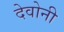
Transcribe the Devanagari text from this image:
देवोनी